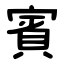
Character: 賓